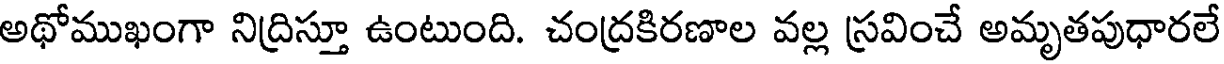
అథోముఖంగా నిద్రిస్తూ ఉంటుంది. చంద్రకిరణాల వల్ల స్రవించే అమృతపుధారలే